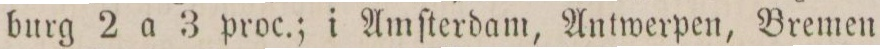
burg 2 a 3 proc.; i Amſterdam, Antwerpen, Bremen